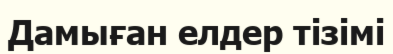
Дамыған елдер тізімі